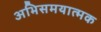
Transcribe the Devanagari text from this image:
अभिसमयात्मक